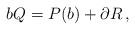
LaTeX: \begin{align*}bQ=P(b)+\partial R\, ,\end{align*}